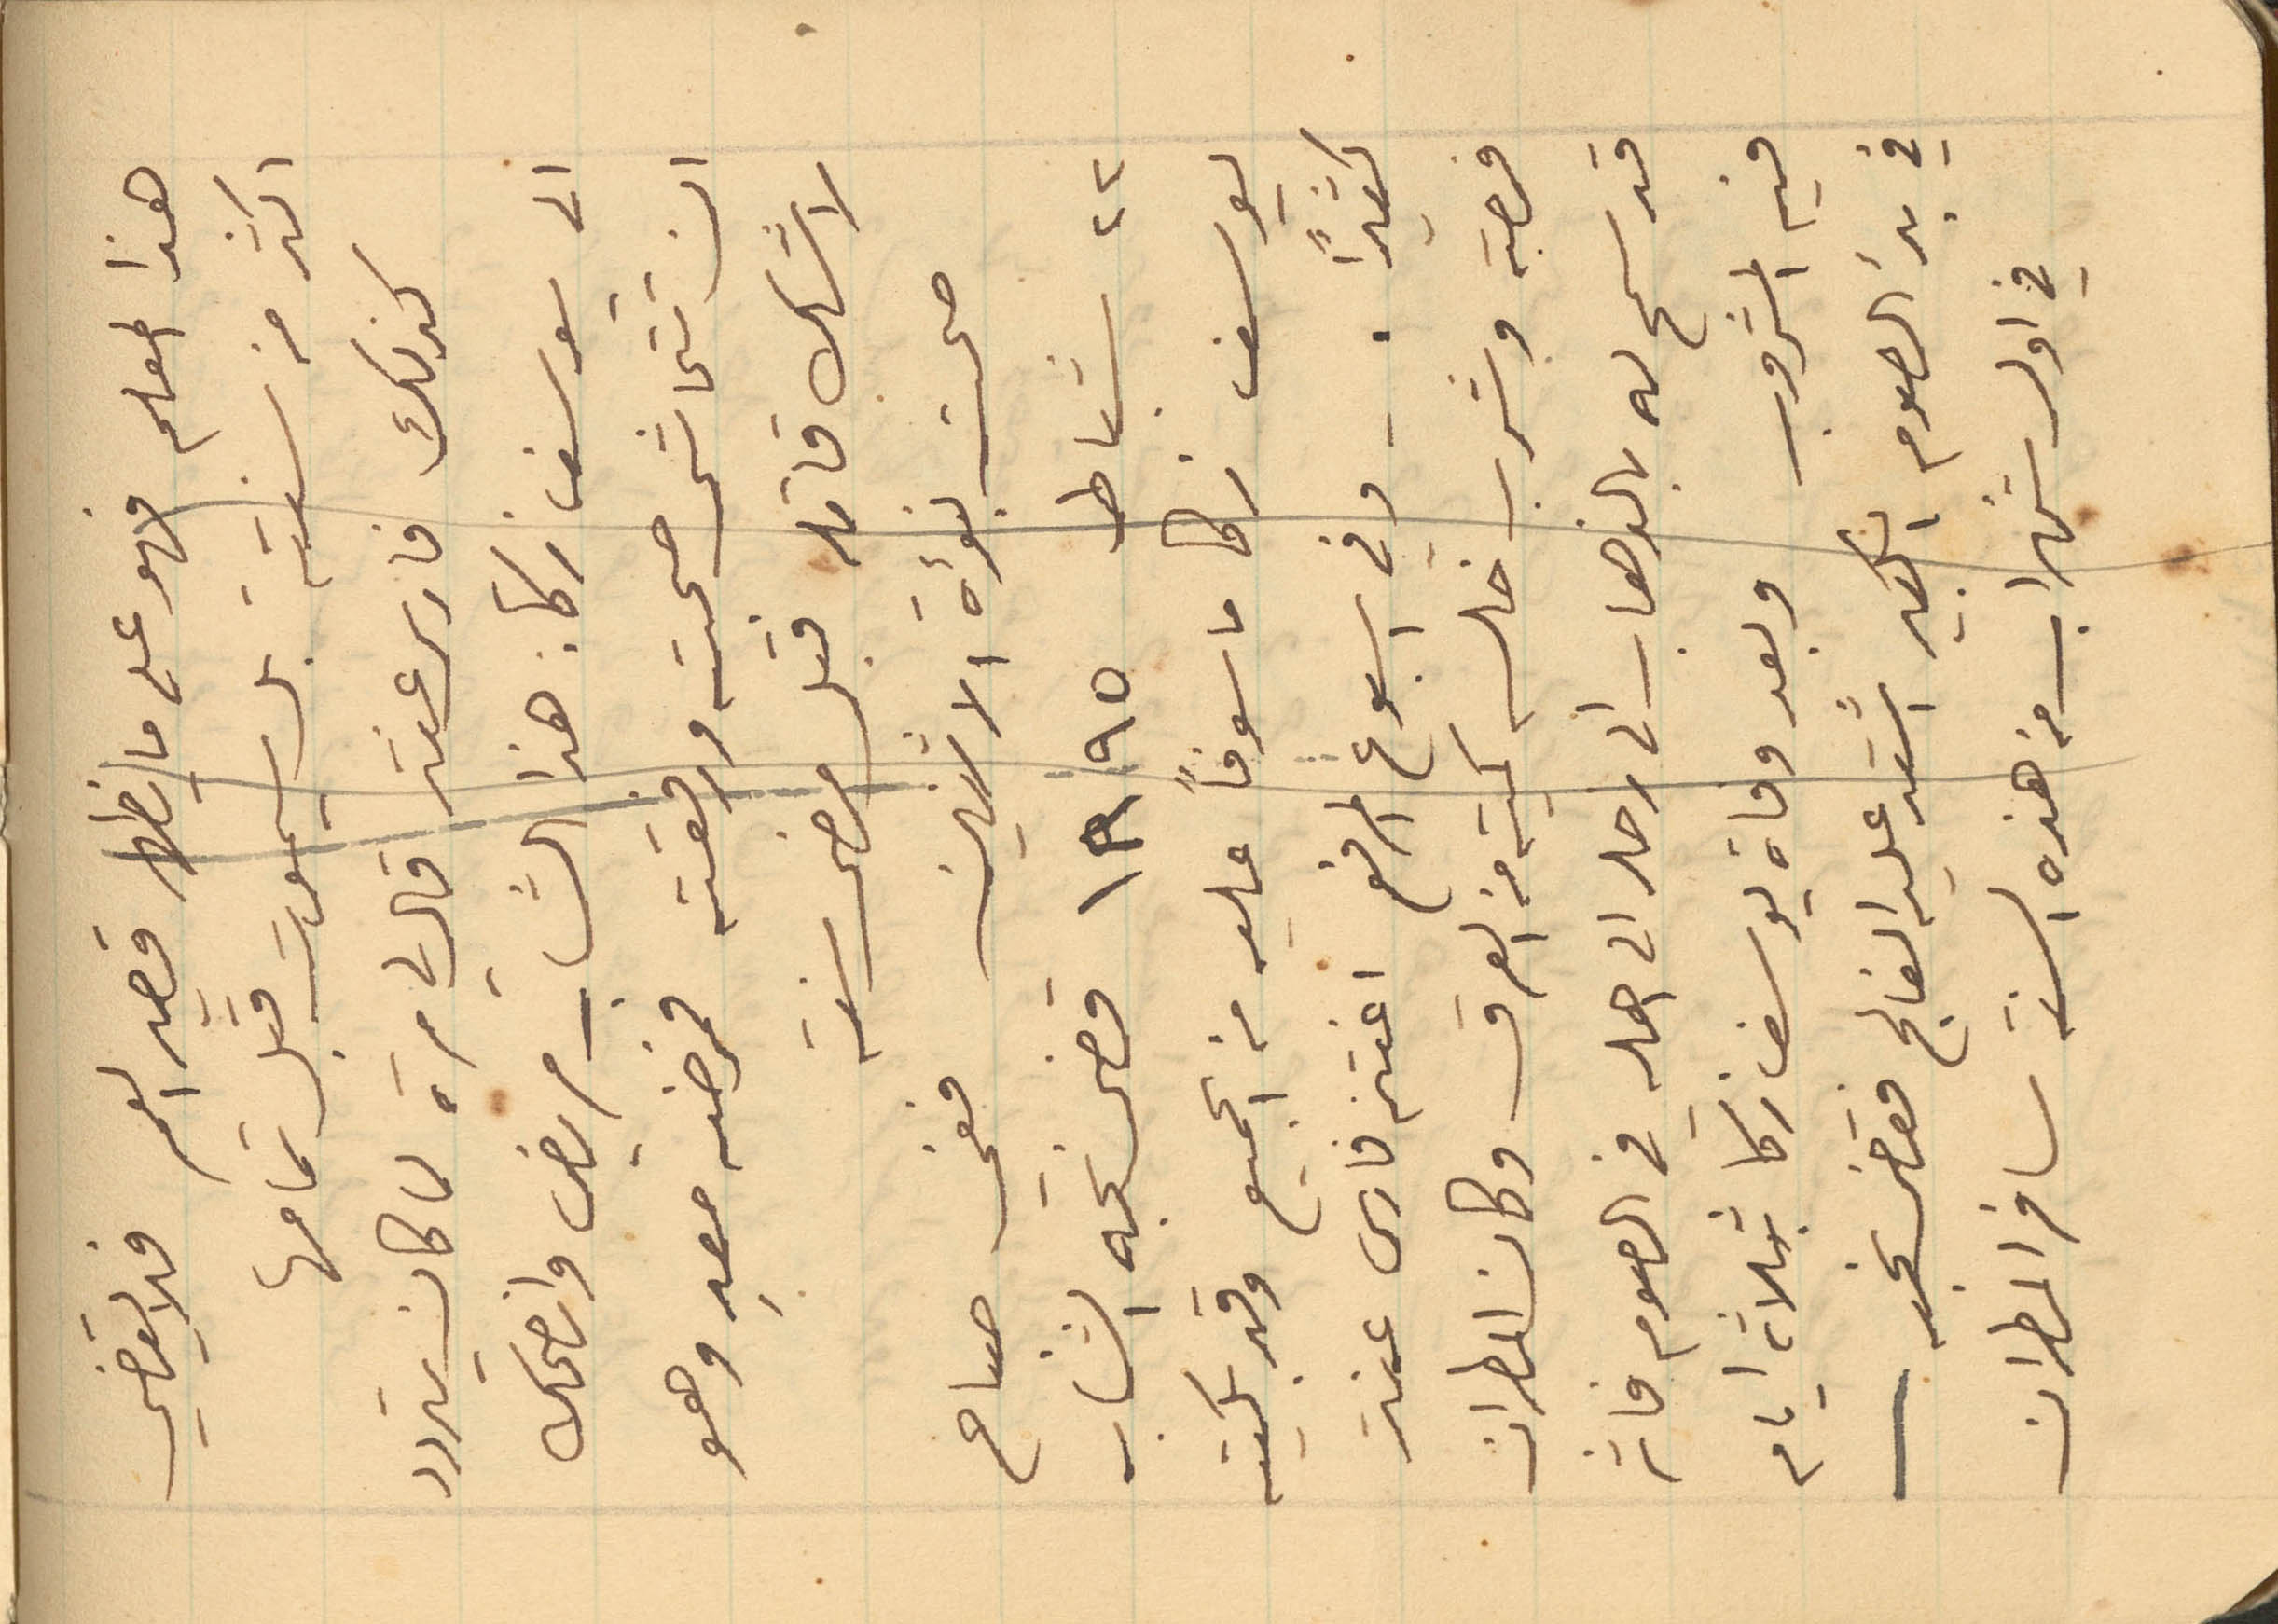
هذا المعلم فهو على ما يظهر قصير العمر فلا يقضي
كذلك فارس عنتر قال لي مرة لما كان يتردد
الى يوسف زكا: هذا الشاب مريض وانصحك
ان تتحاشى صحبته ورفقته فمرضه معدِ وهو
 لا شك قاتله قبل مضي سنة
صحت نبؤة الاثنين ففي صباح
22 شباط 1895 قضى نحبه الشاب
يوسف زكا ماسوفاً عليه من الجميع وقد بكيته
كثيراً. وفي اسبوع المرفع اغتنم فارس عنتر
فرصة وشرب خلسة كمية من العرق وكان المطران
قد سمح له بالذهاب الى زحله الى اهله في الصوم فاثر
فيه المشروب وبعد وفاة يوسف زكا بثلاثه ايام
في بدء الصوم الكبير اشتد عليه الفالج فقضى نحبه
في اول شهر اب من هذه السنة سافر المطران
اكثر من سنته بل سيموت قبل تمامها